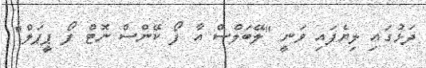
ދަޅުގައި ލިޔެފައި ވަނީ "ލޭބަލްސް އާ ފޯ ކޭންސް ނޮޓް ފޯ ޕީޕަލް"